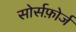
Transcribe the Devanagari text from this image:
सोर्सफ़ोर्ज